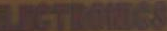
LECTROINGS